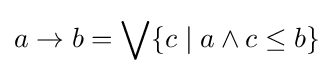
a\to b=\bigvee \{c\mid a\land c\leq b\}